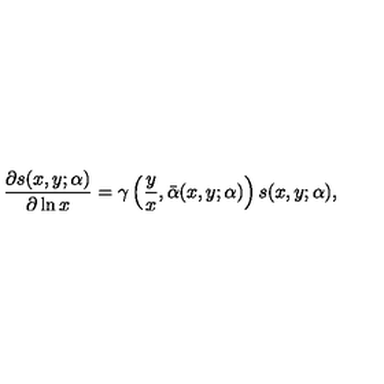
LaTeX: \frac { \partial s ( x , y ; \alpha ) } { \partial \ln x } = \gamma \left( \frac { y } { x } , \bar { \alpha } ( x , y ; \alpha ) \right) s ( x , y ; \alpha ) ,